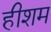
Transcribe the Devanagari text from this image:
हीशम